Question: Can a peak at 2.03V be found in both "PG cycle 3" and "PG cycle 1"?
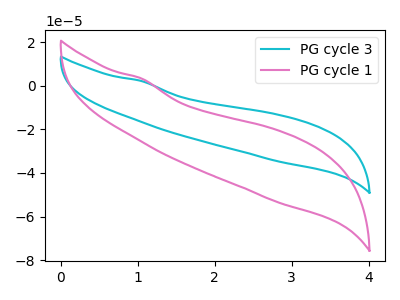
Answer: <think>The cyan curve "PG cycle 3" has no peaks. The pink curve "PG cycle 1" has no peaks.</think>
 <answer>No, "PG cycle 3" and "PG cycle 1" dont share a peak at 2.03V.</answer>
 <eval>mismatch</eval>